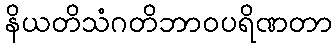
နိယတိသံဂတိဘာဝပရိဏတာ